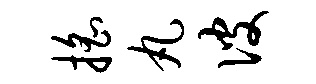
摇丸彼